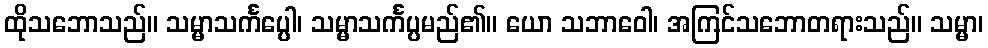
ထိုသဘောသည်။ သမ္မာသင်္ကပ္ပေါ၊ သမ္မာသင်္ကပ္ပမည်၏။ ယော သဘာဝေါ၊ အကြင်သဘောတရားသည်။ သမ္မာ၊